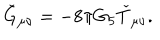
LaTeX: \check { G } _ { \mu \nu } = - 8 \pi G _ { 5 } \check { T } _ { \mu \nu } .